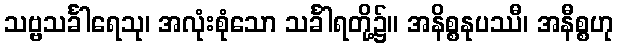
သဗ္ဗသင်္ခါရေသု၊ အလုံးစုံသော သင်္ခါရတို့၌။ အနိစ္စနုပဿီ၊ အနီစ္စဟု